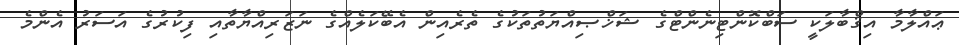
ޢައްލާމާ އިޤްބާލަކީ ސަބްކޮންޓިނެންޓްގެ ޝަޚްޞިއްޔަތުތަކުގެ ތެރެއިން އެބޭކަލެއްގެ ނަޒަރިއްޔާތާއި ފިކުރުގެ އަސަރު އެންމެ